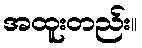
အထူးတည်း။